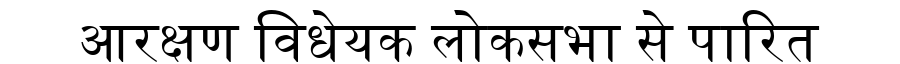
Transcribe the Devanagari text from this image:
आरक्षण विधेयक लोकसभा से पारित